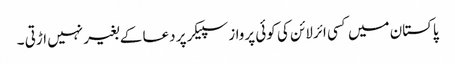
پاکستان میں کسی ائرلائن کی کوئی پرواز سپیکر پر دعا کے بغیر نہیں اڑتی ۔